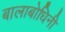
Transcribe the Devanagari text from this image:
बालाबोधिनी